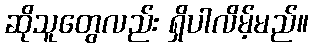
ဆိုသူတွေလည်း ရှိပါလိမ့်မည်။